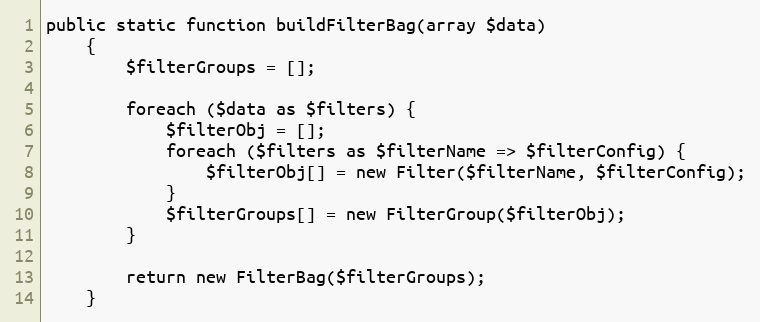
Language: PHP
public static function buildFilterBag(array $data)
    {
        $filterGroups = [];

        foreach ($data as $filters) {
            $filterObj = [];
            foreach ($filters as $filterName => $filterConfig) {
                $filterObj[] = new Filter($filterName, $filterConfig);
            }
            $filterGroups[] = new FilterGroup($filterObj);
        }

        return new FilterBag($filterGroups);
    }